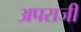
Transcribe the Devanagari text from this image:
अपराजी